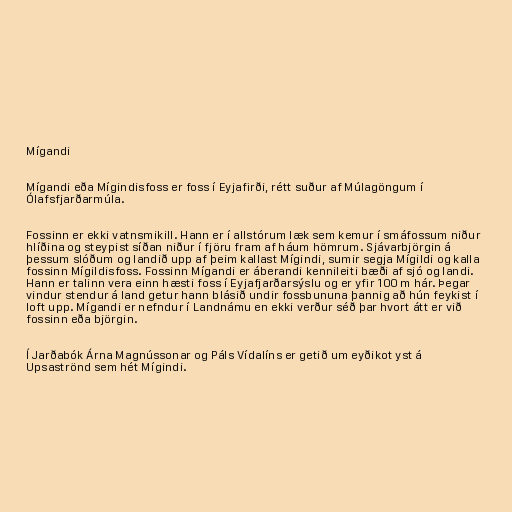
Mígandi

Mígandi eða Mígindisfoss er foss í Eyjafirði, rétt suður af Múlagöngum í
Ólafsfjarðarmúla.

Fossinn er ekki vatnsmikill. Hann er í allstórum læk sem kemur í smáfossum niður
hlíðina og steypist síðan niður í fjöru fram af háum hömrum. Sjávarbjörgin á
þessum slóðum og landið upp af þeim kallast Mígindi, sumir segja Mígildi og kalla
fossinn Mígildisfoss. Fossinn Mígandi er áberandi kennileiti bæði af sjó og landi.
Hann er talinn vera einn hæsti foss í Eyjafjarðarsýslu og er yfir 100 m hár. Þegar
vindur stendur á land getur hann blásið undir fossbununa þannig að hún feykist í
loft upp. Mígandi er nefndur í Landnámu en ekki verður séð þar hvort átt er við
fossinn eða björgin.

Í Jarðabók Árna Magnússonar og Páls Vídalíns er getið um eyðikot yst á
Upsaströnd sem hét Mígindi.